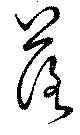
落